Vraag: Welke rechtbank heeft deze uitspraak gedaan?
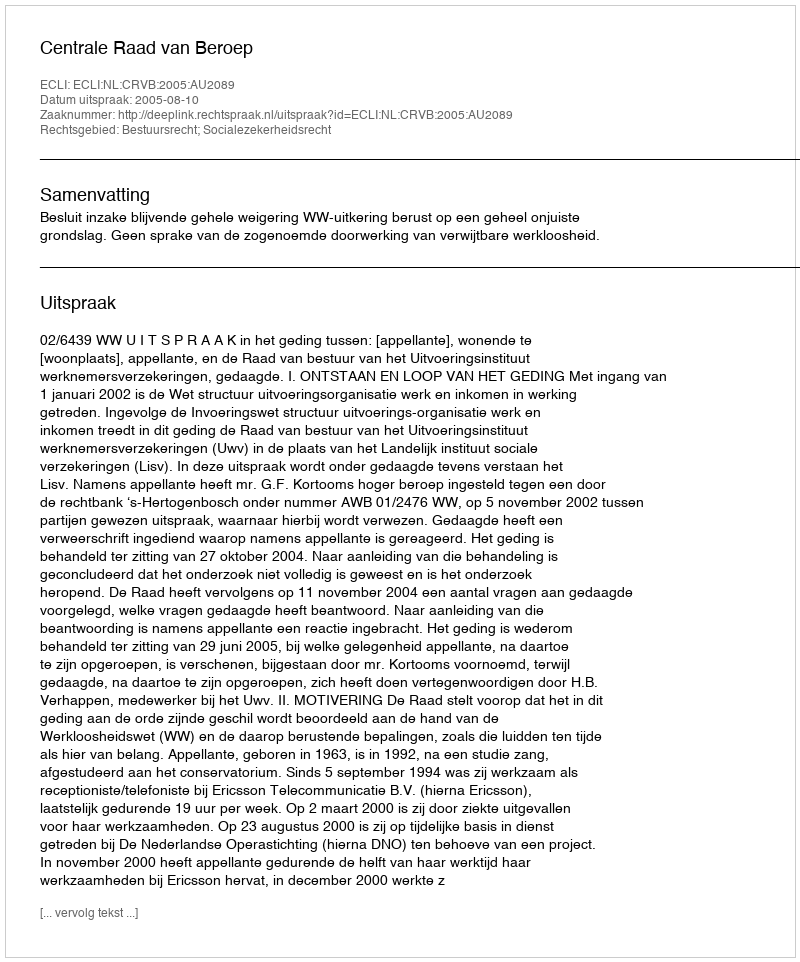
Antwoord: Centrale Raad van Beroep